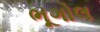
ભૂગોલ